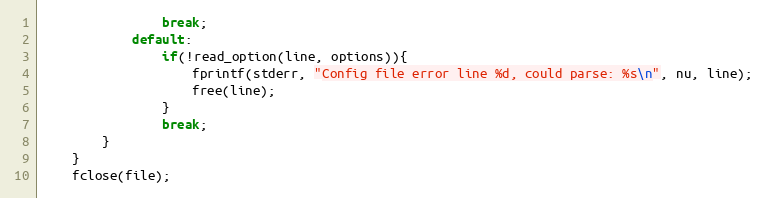
Language: C
                break;
            default:
                if(!read_option(line, options)){
                    fprintf(stderr, "Config file error line %d, could parse: %s\n", nu, line);
                    free(line);
                }
                break;
        }
    }
    fclose(file);